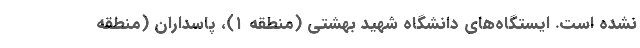
نشده است. ایستگاه‌های دانشگاه شهید بهشتی (منطقه ۱)، پاسداران (منطقه